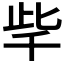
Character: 𣥥